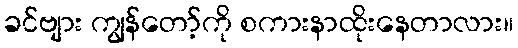
ခင်ဗျား ကျွန်တော့်ကို စကားနာထိုးနေတာလား။